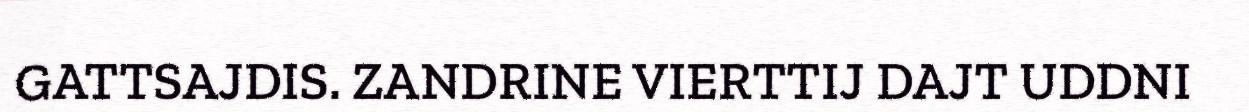
GATTSAJDIS. ZANDRINE VIERTTIJ DAJT UDDNI